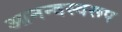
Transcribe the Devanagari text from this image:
आनन्दस्वरूप